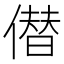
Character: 僣